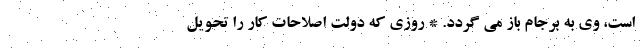
است، وی به برجام باز می گردد. * روزی که دولت اصلاحات کار را تحویل